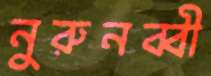
নুরুনব্বী